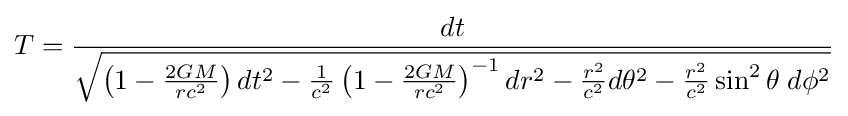
T={\frac {dt}{\sqrt {\left(1-{\frac {2GM}{rc^{2}}}\right)dt^{2}-{\frac {1}{c^{2}}}\left(1-{\frac {2GM}{rc^{2}}}\right)^{-1}dr^{2}-{\frac {r^{2}}{c^{2}}}d\theta ^{2}-{\frac {r^{2}}{c^{2}}}\sin ^{2}\theta \;d\phi ^{2}}}}